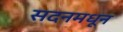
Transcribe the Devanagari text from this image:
सदनमधून